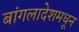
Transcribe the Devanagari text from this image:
बांगलादेशमधून